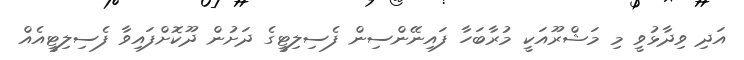
އަދި ވިދާޅުވީ މި މަޝްރޫއަކީ މުރާބަހާ ފައިނޭންސިން ފެސިލިޓީގެ ދަށުން ދޫކޮށްފައިވާ ފެސިލިޓީއެއް